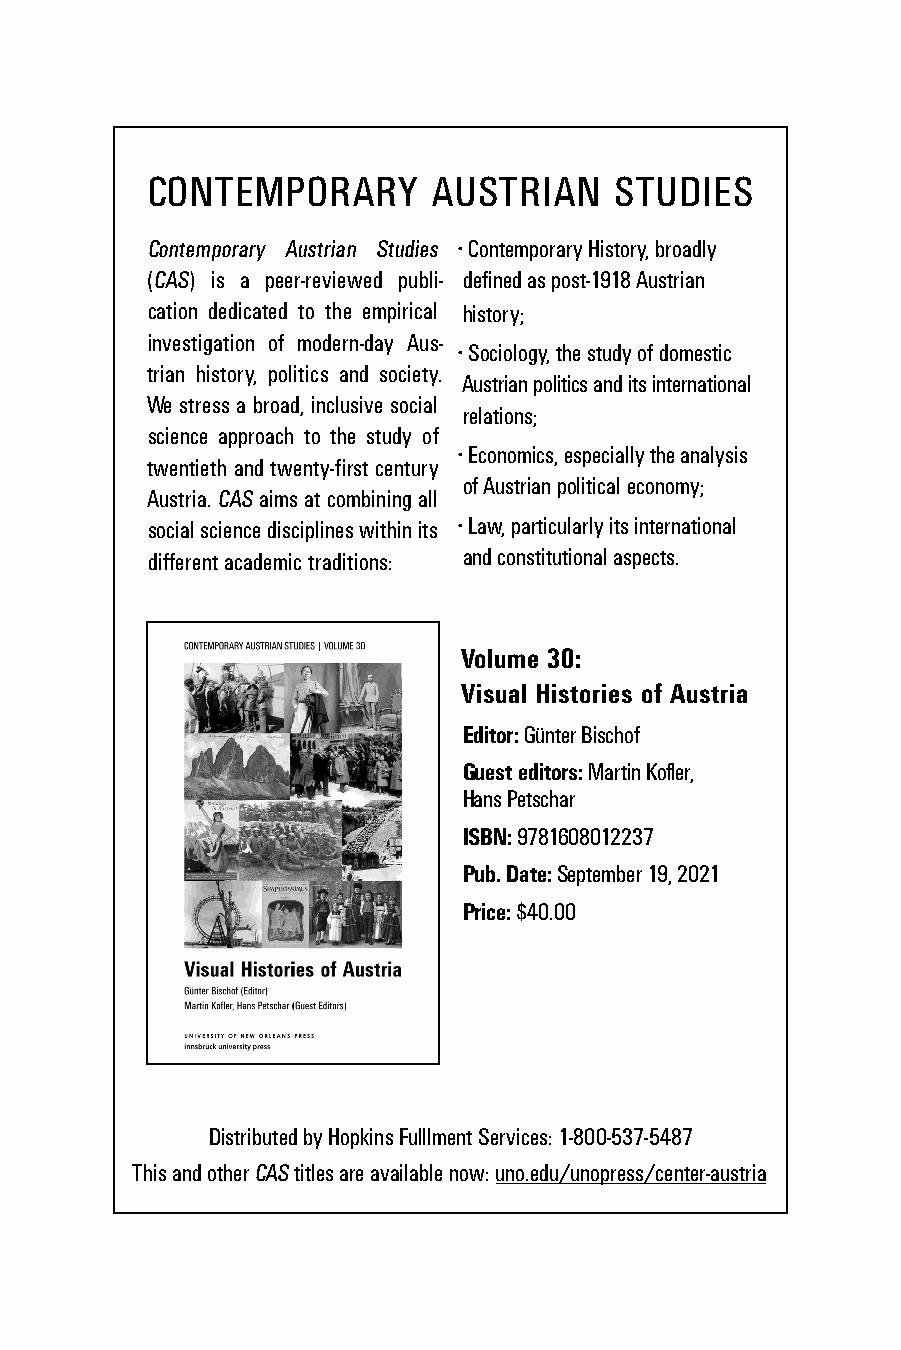
University of New Orleans Press
 CONTEMPORARY       AUSTRIAN    STUDIES
 Contemporary Austrian Studies •ContemporaryHistory,broadly
 (CAS) is a peer-reviewed publi- deffiifinedaspost-1918Austrian
 cation dedicated to the empirical history;
 investigation of modern-day Aus-
 •Sociology,thestudyofdomestic
 trian history, politics and society.
 Austrianpoliticsandits international
 We stress a broad, inclusive social
 relations;
 science approach to the study of
 •Economics,especiallytheanalysis
 twentieth and twenty-fififfiifirst century
 ofAustrianpoliticaleconomy;
 Austria.CASaimsatcombiningall
 socialsciencedisciplineswithinits •Law,particularlyitsinternational
 differentacademictraditions: andconstitutionalaspects.
 Volume 30:
 Visual Histories of Austria
 Editor:GünterBischof
 Guesteditors:MartinKofflflfllfler,
 HansPetschar
 ISBN:9781608012237
 Pub.Date:September19,2021
 Price:$40.00
 DistributedbyHopkinsFulfillmentServices:1-800-537-5487
 ThisandotherCAStitlesareavailablenow:uno.edu/unopress/center-austria